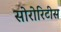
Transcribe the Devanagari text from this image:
सोरोरिटीस